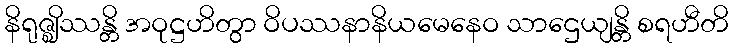
နိရုဇ္ဈိဿန္တိ အဝုဋ္ဌဟိတွာ ဝိပဿနာနိယမေနေဝ သာဌေယျန္တိ စရဟီတိ